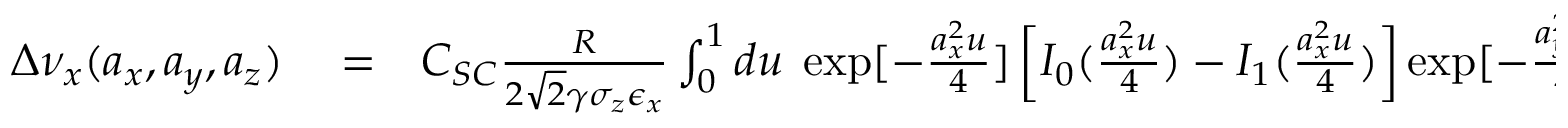
\begin{array} { r l r } { \Delta \nu _ { x } ( a _ { x } , a _ { y } , a _ { z } ) } & { { } = } & { C _ { S C } \frac { R } { 2 \sqrt { 2 } \gamma \sigma _ { z } \epsilon _ { x } } \int _ { 0 } ^ { 1 } d u \; \exp [ - \frac { a _ { x } ^ { 2 } u } { 4 } ] \left[ I _ { 0 } ( \frac { a _ { x } ^ { 2 } u } { 4 } ) - I _ { 1 } ( \frac { a _ { x } ^ { 2 } u } { 4 } ) \right] \exp [ - \frac { a _ { y } ^ { 2 } u } { 4 } ] \exp [ - \frac { a _ { z } ^ { 2 } u } { 4 } ] } \end{array}